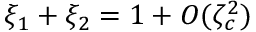
\xi _ { 1 } + \xi _ { 2 } = 1 + O ( \zeta _ { c } ^ { 2 } )